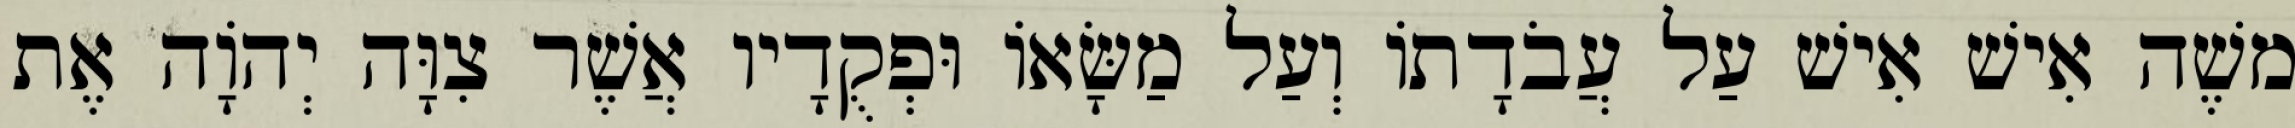
משֶׁה אִישׁ אִישׁ עַל עֲבֹדָתוֹ וְעַל מַשָּׂאוֹ וּפְקֻדָיו אֲשֶׁר צִוָּה יְהוָֹה אֶת